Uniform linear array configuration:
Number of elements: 8
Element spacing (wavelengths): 1
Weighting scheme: uniform
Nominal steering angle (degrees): -45
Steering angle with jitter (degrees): -46.301
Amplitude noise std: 0.05
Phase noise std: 0.05

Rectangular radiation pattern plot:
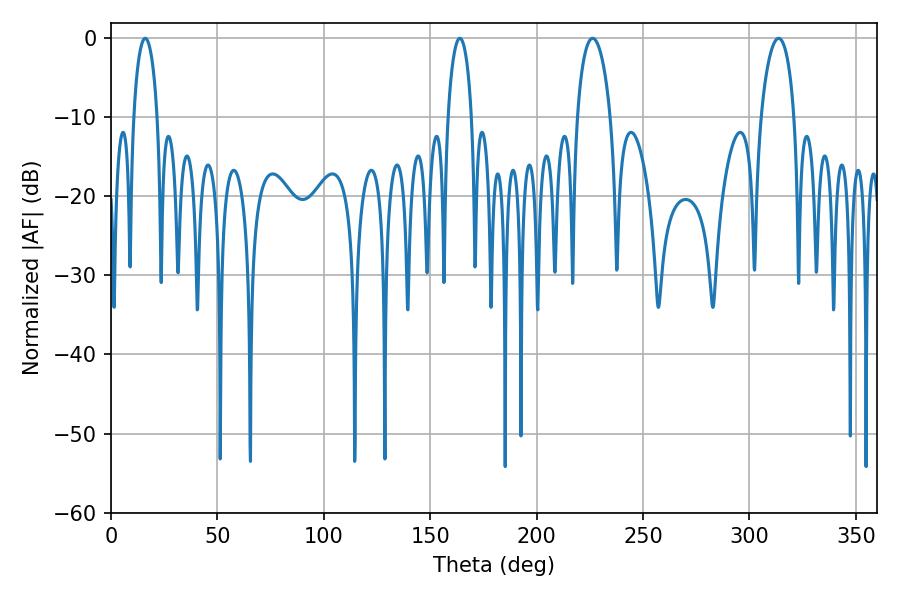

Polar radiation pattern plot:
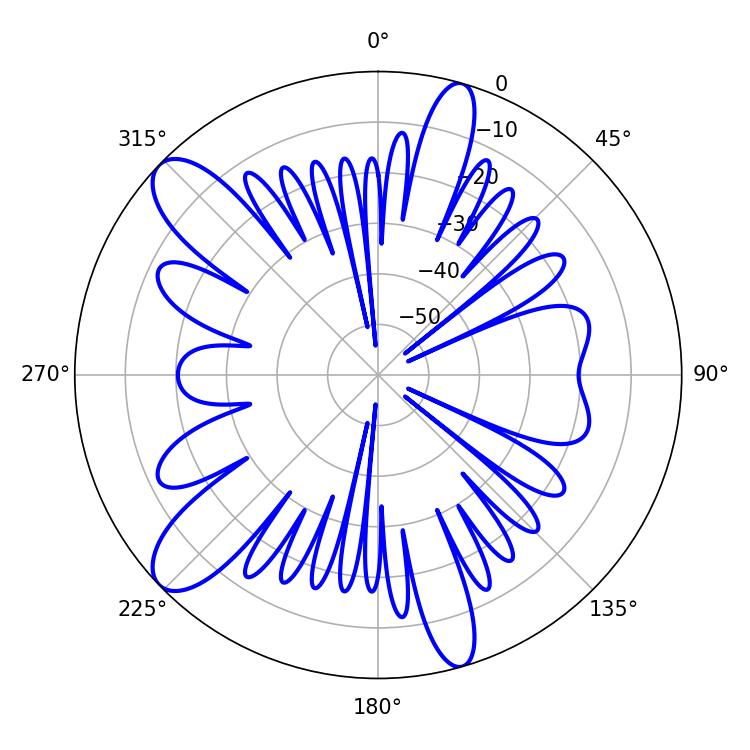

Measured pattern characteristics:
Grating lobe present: TRUE
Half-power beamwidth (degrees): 9
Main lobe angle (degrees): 226.26